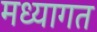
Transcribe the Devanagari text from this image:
मध्यागत